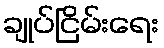
ချုပ်ငြိမ်းရေး